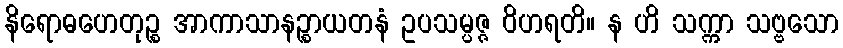
နိရောဓဟေတုဉ္စ အာကာသာနဉ္စာယတနံ ဥပသမ္ပဇ္ဇ ဝိဟရတိ။ န ဟိ သက္ကာ သဗ္ဗသော